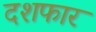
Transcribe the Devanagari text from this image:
दशफार